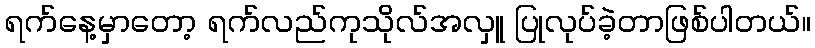
ရက်နေ့မှာတော့ ရက်လည်ကုသိုလ်အလှူ ပြုလုပ်ခဲ့တာဖြစ်ပါတယ်။